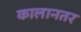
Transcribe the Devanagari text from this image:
कालानतर